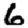
Digit: 6